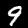
Label: 9